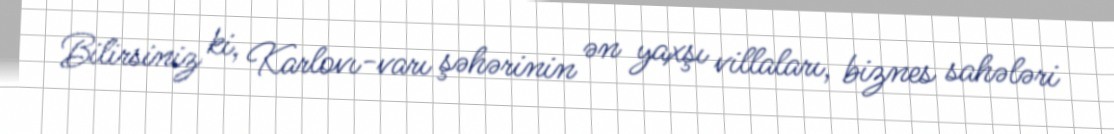
Bilirsiniz ki, Karlovı-varı şəhərinin ən yaxşı villaları, biznes sahələri